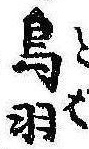
鳥羽